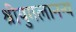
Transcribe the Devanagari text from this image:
श्रीयुगलानन्य